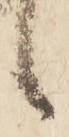
候